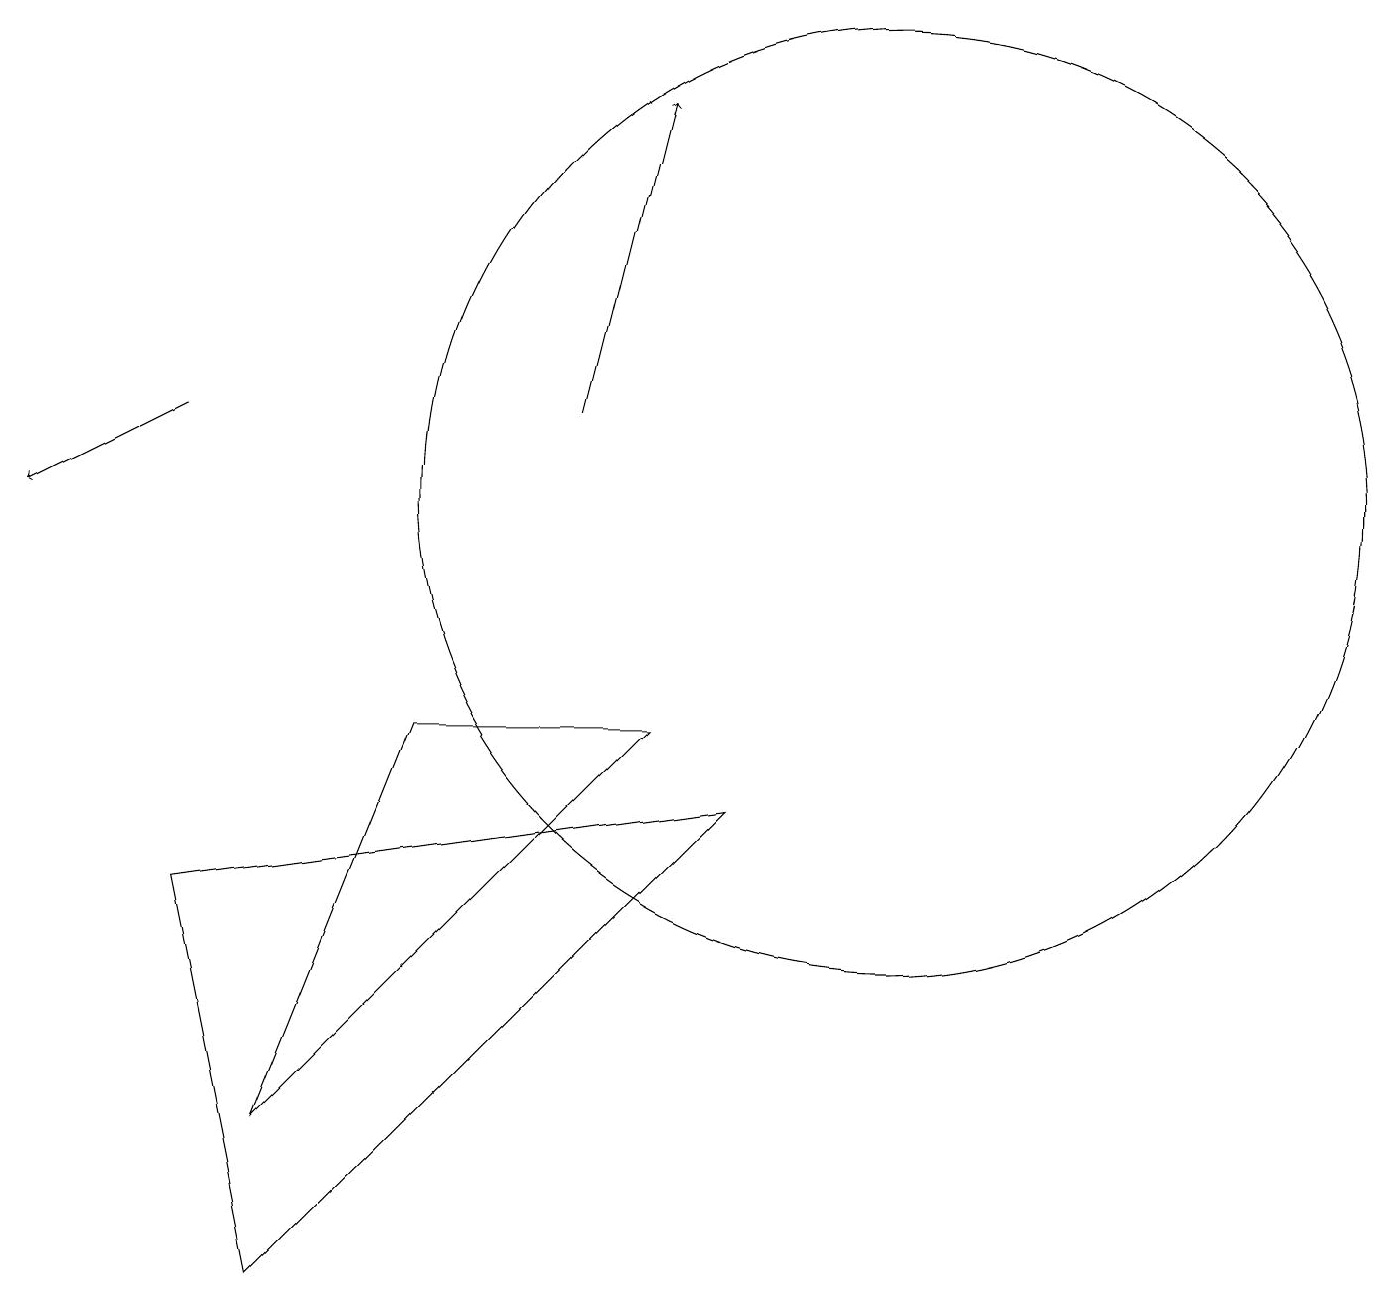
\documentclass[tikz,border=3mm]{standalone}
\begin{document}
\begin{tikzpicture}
\draw (11,11) circle (6);
\draw (9,7) -- (3,1) -- (2,6) -- cycle;
\draw (8,8) -- (5,8) -- (3,3) -- cycle;
\draw[->] (2,12) -- (0,11);
\draw[->] (7,12) -- (8,16);
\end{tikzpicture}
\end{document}